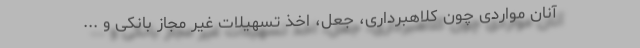
آنان مواردی چون کلاهبرداری، جعل، اخذ تسهیلات غیر مجاز بانکی و ...